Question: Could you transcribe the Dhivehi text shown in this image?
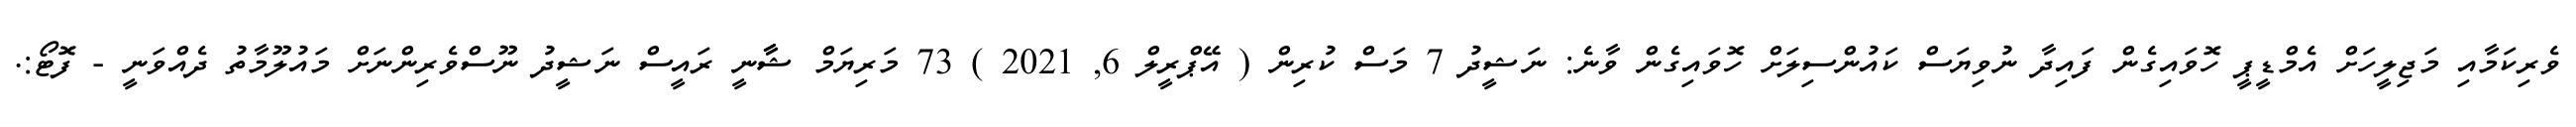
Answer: ވެރިކަމާއި މަޖިލީހަށް އެމްޑީޕީ ހޮވައިގެން ފައިދާ ނުވިޔަސް ކައުންސިލަށް ހޮވައިގެން ވާނެ: ނަޝީދު 7 މަސް ކުރިން ( އޭޕްރީލް 6, 2021 ) 73 މަރިޔަމް ޝާާނީ ރައީސް ނަޝީދު ނޫސްވެރިންނަށް މައުލޫމާތު ދެއްވަނީ - ފޮޓޯ:.